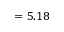
= 5 . 1 8